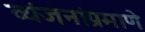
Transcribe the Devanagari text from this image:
व्यंजनांप्रमाणे